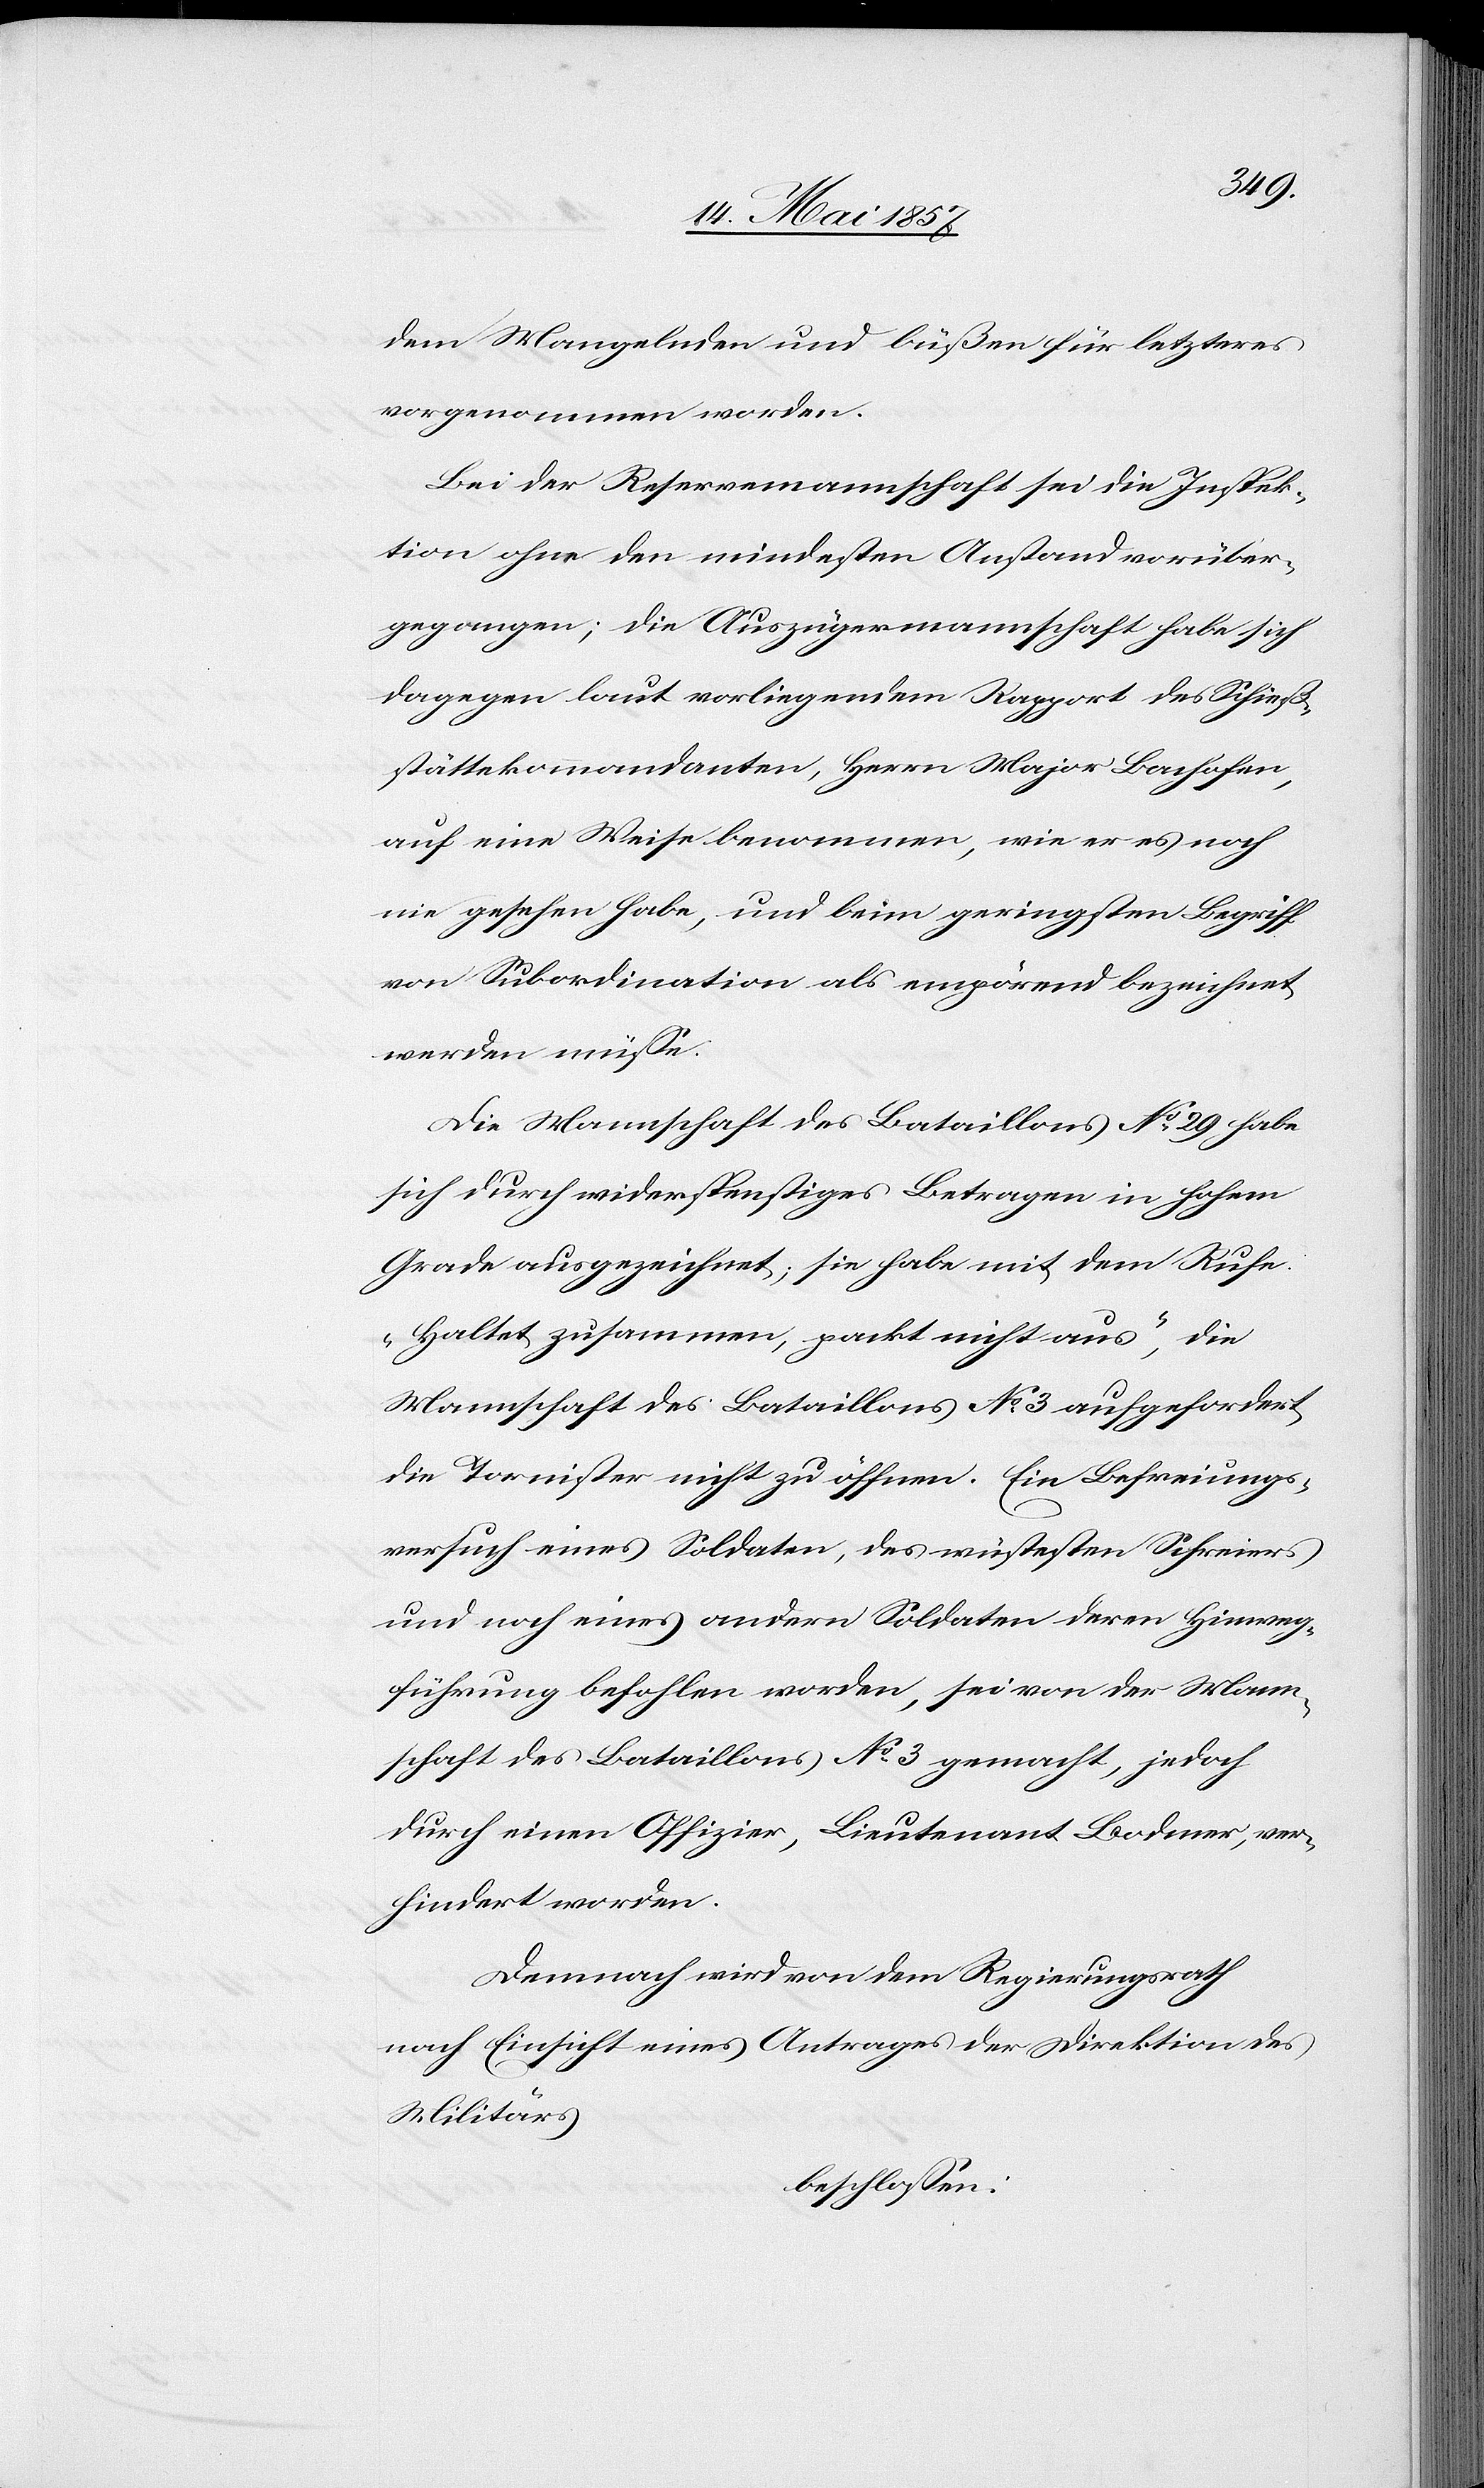
dem Mangelnden und büßen für letzteres
vorgenommen worden.
Bei der Reservemannschaft sei die Inspek¬
tion ohne den mindesten Anstand vorüber¬
gegangen; die Auszügermannschaft habe sich
dagegen laut vorliegendem Rapport des Schieß¬
stättekommandanten, Herrn Major Bachofen,
auf eine Weise benommen, wie er es noch
nie gesehen habe, und beim geringsten Begriff
von Subordination als empörend bezeichnet
werden müsse.
Die Mannschaft des Bataillons No 29 habe
sich durch widerspenstiges Betragen in hohem
Grade ausgezeichnet; sie habe mit dem Rufe
„haltet zusammen, packt nicht aus“, die
Mannschaft des Bataillons No 3 aufgefordert
die Tornister nicht zu öffnen. Ein Befreiungs¬
versuch eines Soldaten, des wüstesten Schreiers
und noch eines andern Soldaten deren Hinweg¬
führung befohlen worden, sei von der Mann¬
schaft des Bataillons No 3 gemacht, jedoch
durch einen Offizier, Lieutenant Bodmer, ver¬
hindert worden.
Demnach wird von dem Regierungsrath
nach Einsicht eines Antrages der Direktion des
Militärs
beschlossen: